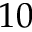
1 0